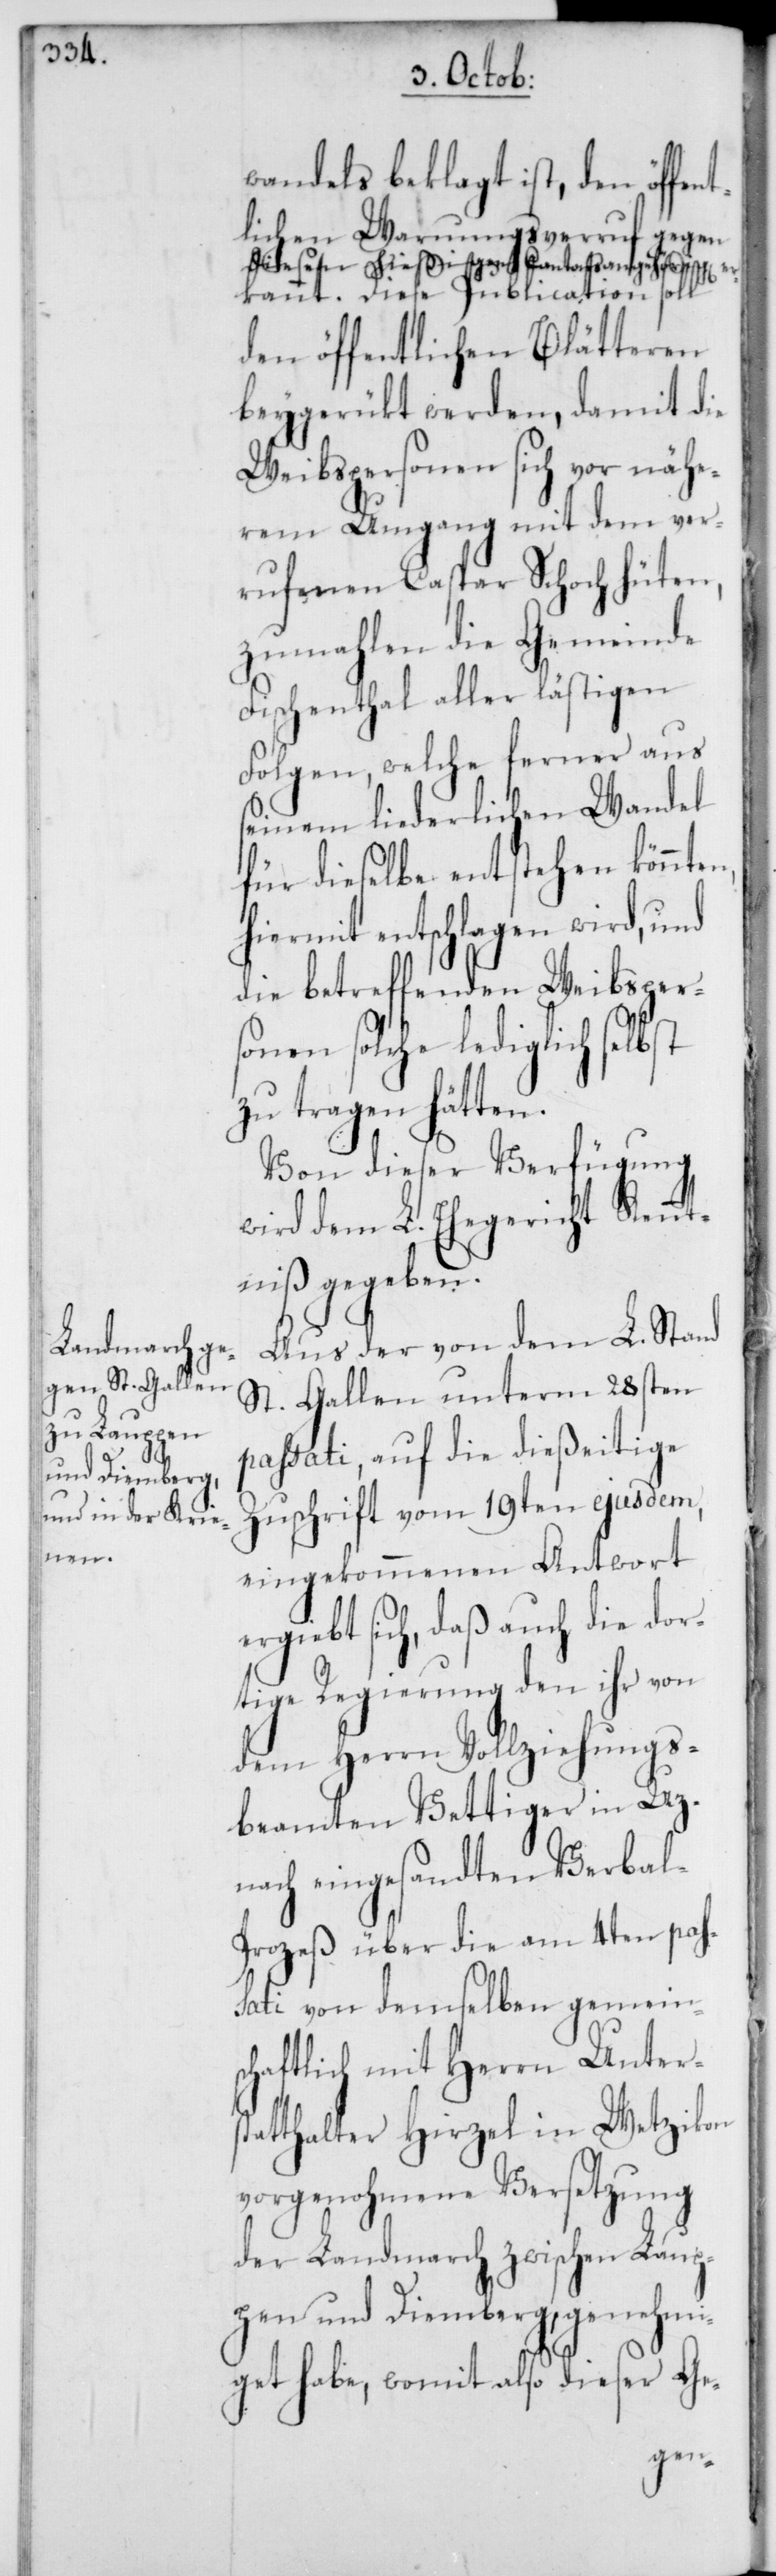
wandels beklagt ist, den öffen¬
tlichen Warnungsverruf gegen
diesen hießigen Cantonsangehörigen er¬
kannt. Diese Publication soll
den öffentlichen Blätteren
beygerükt werden, damit die
Weibspersonen sich vor nähe¬
rem Umgang mit dem ver¬
rufenen Caspar Schoch hüten,
zumahlen die Gemeinde
Fischenthal aller lästigen
Folgen, welche ferner aus
seinem liederlichen Wandel
für dieselbe entstehen könnten,
hiermit entschlagen wird, und
die betreffenden Weibsper¬
sonen solche lediglich selbst
zu tragen hätten.
Von dieser Verfügung
wird dem L. Ehegericht Kennt¬
niß gegeben.
Aus der von dem L. Stand
St. Gallen unterm 28sten
passati, auf die dießeitige
Zuschrift vom 19ten ejusdem,
eingekommenen Antwort
ergiebt sich, daß auch die dor¬
tige Regierung den ihr von
dem Herrn Vollziehungs¬
beamten Vettiger in Uz¬
nach eingesandten Verbal¬
prozeß über die am 4ten pas¬
sati von demselben gemein¬
schaftlich mit Herrn Unters¬
tatthalter Hirzel in Wetzikon
vorgenohmene Versetzung
der Landmarch zwischen Laup¬
pen und Diemberg, genehmi¬
get habe, womit also dieser Ge-